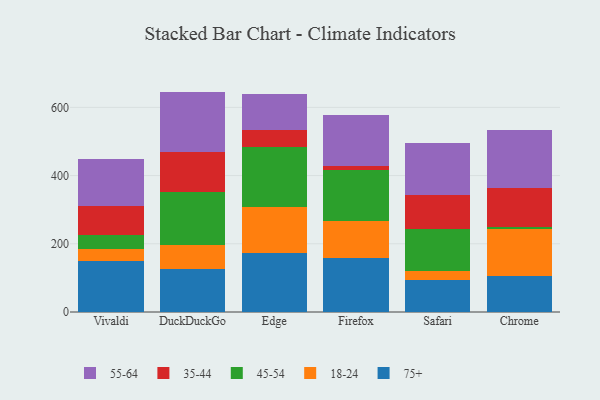
{"axis": {"x": "Browser", "y": "Revenue (USD Million)"}, "legend": ["18-24", "35-44", "45-54", "55-64", "75+"], "data": [{"x": "Vivaldi", "y": 149.6, "type": "75+"}, {"x": "Vivaldi", "y": 35.7, "type": "18-24"}, {"x": "Vivaldi", "y": 41.5, "type": "45-54"}, {"x": "Vivaldi", "y": 82.8, "type": "35-44"}, {"x": "Vivaldi", "y": 138.7, "type": "55-64"}, {"x": "DuckDuckGo", "y": 126.5, "type": "75+"}, {"x": "DuckDuckGo", "y": 69.2, "type": "18-24"}, {"x": "DuckDuckGo", "y": 155.2, "type": "45-54"}, {"x": "DuckDuckGo", "y": 117.4, "type": "35-44"}, {"x": "DuckDuckGo", "y": 177.9, "type": "55-64"}, {"x": "Edge", "y": 171.8, "type": "75+"}, {"x": "Edge", "y": 136.0, "type": "18-24"}, {"x": "Edge", "y": 177.2, "type": "45-54"}, {"x": "Edge", "y": 49.8, "type": "35-44"}, {"x": "Edge", "y": 104.2, "type": "55-64"}, {"x": "Firefox", "y": 157.2, "type": "75+"}, {"x": "Firefox", "y": 108.7, "type": "18-24"}, {"x": "Firefox", "y": 150.4, "type": "45-54"}, {"x": "Firefox", "y": 12.9, "type": "35-44"}, {"x": "Firefox", "y": 147.6, "type": "55-64"}, {"x": "Safari", "y": 93.0, "type": "75+"}, {"x": "Safari", "y": 27.2, "type": "18-24"}, {"x": "Safari", "y": 124.5, "type": "45-54"}, {"x": "Safari", "y": 98.7, "type": "35-44"}, {"x": "Safari", "y": 152.3, "type": "55-64"}, {"x": "Chrome", "y": 105.6, "type": "75+"}, {"x": "Chrome", "y": 137.8, "type": "18-24"}, {"x": "Chrome", "y": 6.1, "type": "45-54"}, {"x": "Chrome", "y": 113.2, "type": "35-44"}, {"x": "Chrome", "y": 169.9, "type": "55-64"}]}